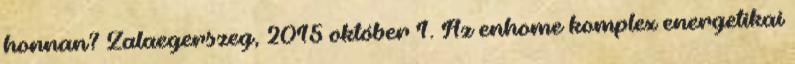
honnan? Zalaegerszeg, 2015 október 1. Az enhome komplex energetikai